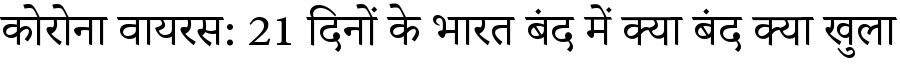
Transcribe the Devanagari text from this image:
कोरोना वायरस: 21 दिनों के भारत बंद में क्या बंद क्या खुला